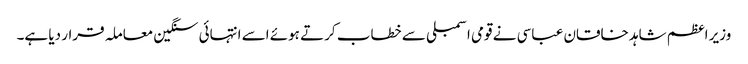
وزیر اعظم شاہد خاقان عباسی نے قومی اسمبلی سے خطاب کرتے ہوئے اسے انتہائی سنگین معاملہ قرار دیا ہے۔